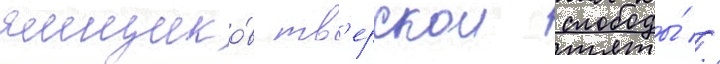
ямщико́в тв'ерскои слободы́ //